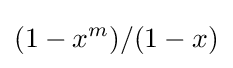
(1-x^{m})/(1-x)